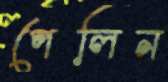
পেলিন